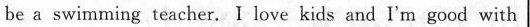
be a swimming teacher. I love kids and I'm good with